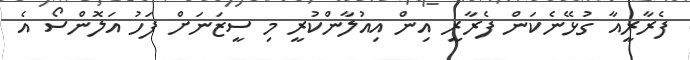
ފެރާރީއާ ގުޅޭނެކަން ފެރާރީ އިން އިއުލާންކުރީ މި ސީޒަނަށް ފަހު އަލޮންސޯ އެ